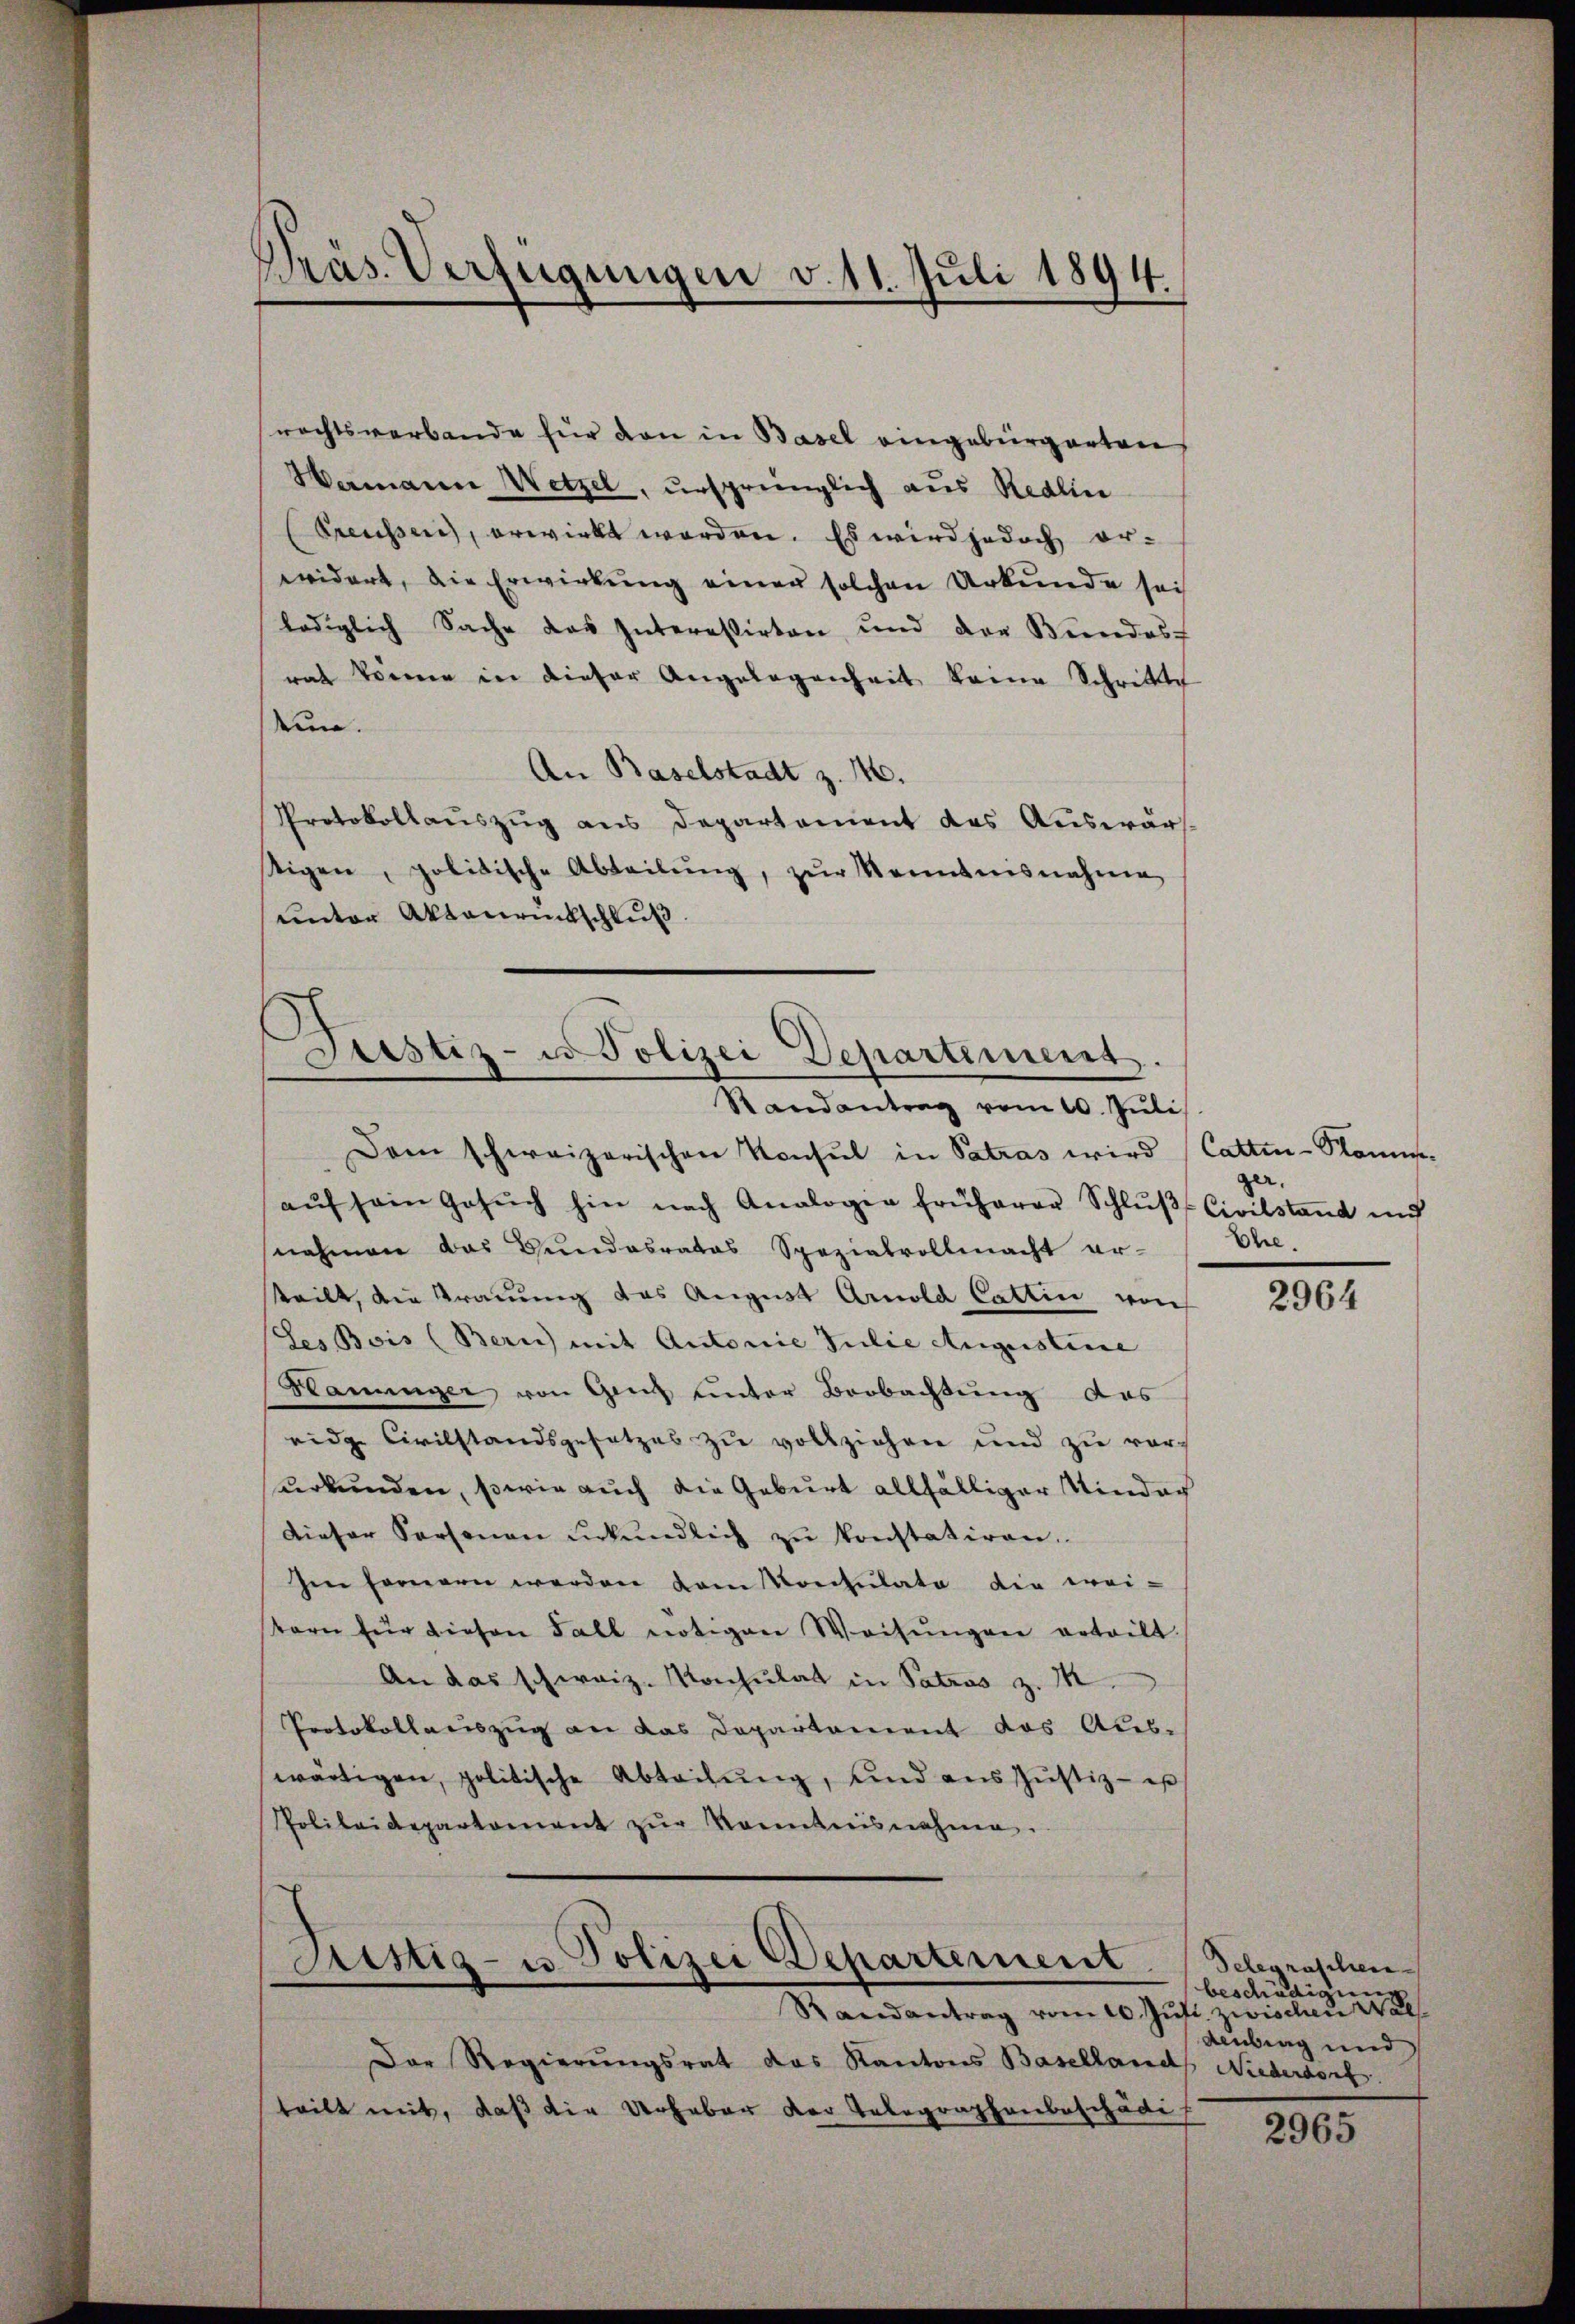
Präs. Verfügungen v. 11. Juli 1894.

rechtsverbande für den in Basel eingebürgerten
Wamann Wetzel, ursprünglich aus Redlin
Preussen, erwirkt worden. Es wird jedoch er-
widert, die Erwirkung einer solchen Urkunde sei
lediglich Sache das Interessirten und der Kindes
rath können in dieser Angelegenheit keine Schritte
tun.
An Baselstadt z. M.
Protokollauszug aus Departement des Auswärtigen, politische Abteilŭng, zŭr Kenntnisnahme
unter Aktenrückschluß.

h
Justiz- u. Polizei Departement.
Randantrag vom 10. Juli

Dam schweizerischen Konsul in Patras wird (Cattin-Komisaŭf sein Gesŭch hin nach Analogie früherer Schlŭβ Civilstand ind
nahmen das Bundesrates Spezialvollmacht er-
teilt, die Trauung das August Arnold Cattin von
des Bois (Bern) mit Autoriie Julie Augustine
Hanniger von Ganz unter Beobachtung das
eidge Civilstandsgesetzes zu vollziehen und zu vorurkunden, sowie auch die Geburt allfälliger Kinder
Dieser Personen erkŭndlich zŭ konstatiren.
Ien fernern werden vom Konsulate die wei-
stern für diesen Fall nötigen Weisŭngen erteilt.
An das schweiz. Konsulat in Patros z. M
Protokollauszug an das Departement das Aus-
wärtigen, politische Abteilŭng, und aŭs Jŭstiz- u
Polileidepartament zŭr Kenntnisnahme.

Fristig- u. Polizei Departement
Randantrag vom 10. Jŭst. zwischen We

Der Regierungsrat das Kantons Basellanch Niederdorf.
teilt mit, daß die Urheber der Telegraphenbeschädig

ger.
Ehe.

2964

Delegraschen
beschädigung
Ainbing und

2965